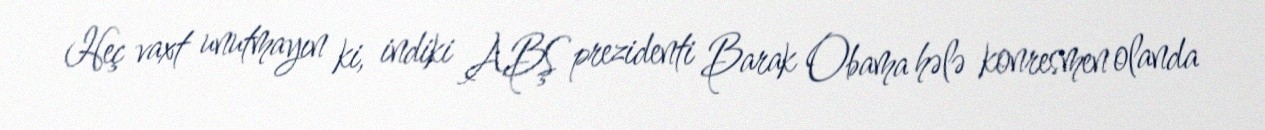
Heç vaxt unutmayın ki, indiki ABŞ prezidenti Barak Obama hələ konresmen olanda